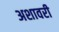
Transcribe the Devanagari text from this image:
अशावरी